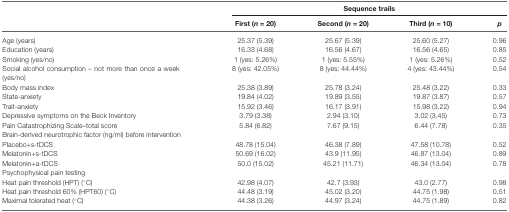
|  | <COLSPAN=4> Sequence trails |
 |  | First (n = 20) | Second (n = 20) | Third (n = 10) | p |
 | --- | --- | --- | --- | --- |
 | Age (years) | 25.37 (5.39) | 25.67 (5.39) | 25.60 (5.27) | 0.96 |
 | Education (years) | 16.33 (4.68) | 16.56 (4.67) | 16.56 (4.65) | 0.85 |
 | Smoking (yes/no) | 1 (yes: 5.26%) | 1 (yes: 5.55%) | 1 (yes: 5.26%) | 0.52 |
 | Social alcohol consumption – not more than once a week (yes/no) | 8 (yes: 42.05%) | 8 (yes: 44.44%) | 4 (yes: 43.44%) | 0.54 |
 | Body mass index | 25.38 (3.89) | 25.78 (3.24) | 25.48 (3.22) | 0.33 |
 | State-anxiety | 19.84 (4.02) | 19.89 (3.55) | 19.87 (3.87) | 0.57 |
 | Trait-anxiety | 15.92 (3.46) | 16.17 (3.91) | 15.98 (3.22) | 0.94 |
 | Depressive symptoms on the Beck Inventory | 3.79 (3.38) | 2.94 (3.10) | 3.02 (3.45) | 0.73 |
 | Pain Catastrophizing Scale–total score | 5.84 (6.82) | 7.67 (9.15) | 6.44 (7.78) | 0.35 |
 | Brain-derived neurotrophic factor (ng/ml) before intervention |
 | Placebo+s-tDCS | 48.78 (15.04) | 46.38 (7.89) | 47.58 (10.78) | 0.52 |
 | Melatonin+s-tDCS | 50.69 (16.02) | 43.9 (11.95) | 46.87 (13.04) | 0.89 |
 | Melatonin+a-tDCS | 50.0 (15.02) | 45.21 (11.71) | 46.34 (13.04) | 0.78 |
 | Psychophysical pain testing |
 | Heat pain threshold (HPT) (°C) | 42.98 (4.07) | 42.7 (3.93) | 43.0 (2.77) | 0.98 |
 | Heat pain threshold 60% (HPT60) (°C) | 44.48 (3.19) | 45.02 (3.20) | 44.75 (1.98) | 0.51 |
 | Maximal tolerated heat (°C) | 44.38 (3.26) | 44.97 (3.24) | 44.75 (1.89) | 0.82 |